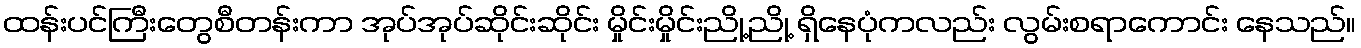
ထန်းပင်ကြီးတွေစီတန်းကာ အုပ်အုပ်ဆိုင်းဆိုင်း မှိုင်းမှိုင်းညို့ညို့ ရှိနေပုံကလည်း လွမ်းစရာကောင်း နေသည်။